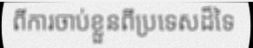
ពីការចាប់ខ្លួនពីប្រទេសដ៏ទៃ